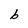
Character: b